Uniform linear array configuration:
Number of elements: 48
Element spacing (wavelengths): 0.5
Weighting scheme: hann
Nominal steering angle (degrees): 15
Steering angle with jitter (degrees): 14.935
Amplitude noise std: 0.05
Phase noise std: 0.05

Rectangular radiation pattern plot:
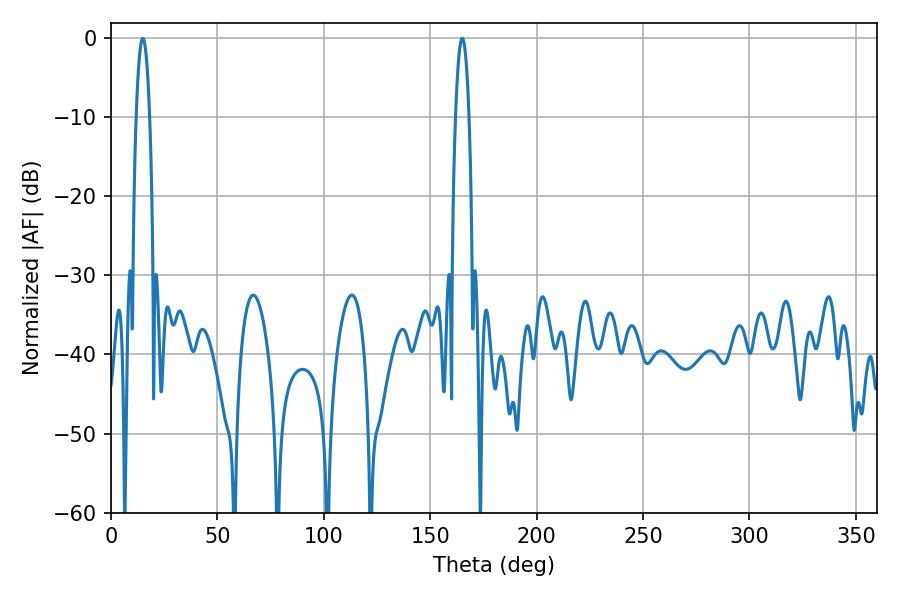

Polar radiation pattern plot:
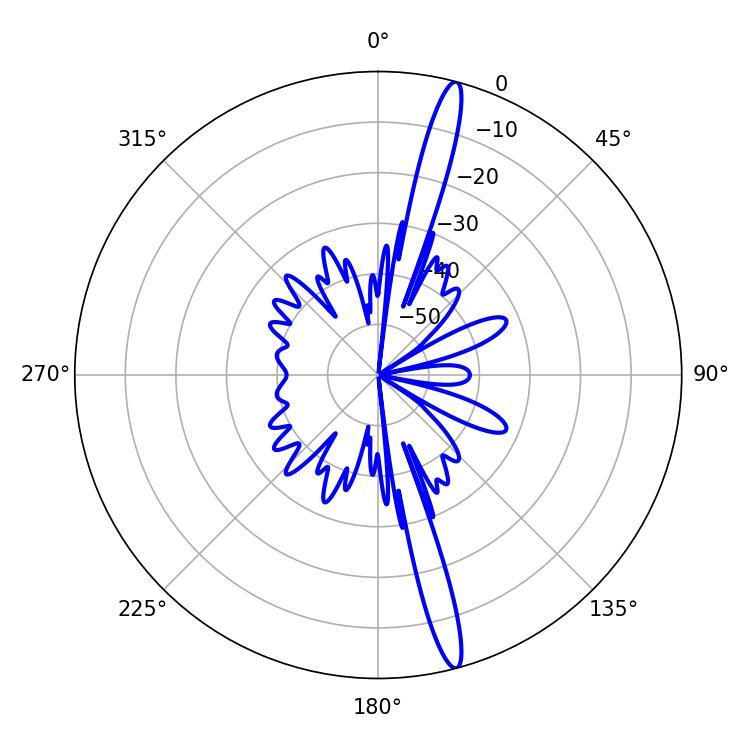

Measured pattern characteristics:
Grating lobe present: FALSE
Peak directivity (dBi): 17.674
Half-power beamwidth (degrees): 3.6
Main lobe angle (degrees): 14.94